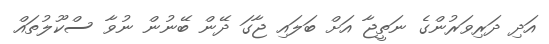
އަދި ދަރިވަރުންގެ ނަތީޖާ އަށް ބަލައި ޖާގަ ދޭން ބޭނުން ނުވާ ސްކޫލުތައް